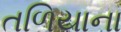
તળિયાના